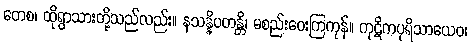
တေစ၊ ထိုရွာသားတို့သည်လည်း။ နသန္နိပတန္တိ၊ မစည်းဝေးကြကုန်။ ကုဋိကပုရိသာယေဝ၊